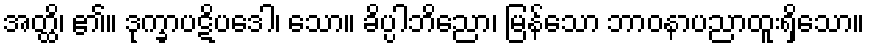
အတ္ထိ၊ ၏။ ဒုက္ခာပဋိပဒေါ၊ သော။ ခိပ္ပါဘိညော၊ မြန်သော ဘာဝနာပညာထူးရှိသော။